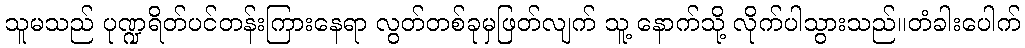
သူမသည် ပုဏ္ဍရိတ်ပင်တန်းကြားနေရာ လွတ်တစ်ခုမှဖြတ်လျက် သူ့ နောက်သို့ လိုက်ပါသွားသည်။တံခါးပေါက်